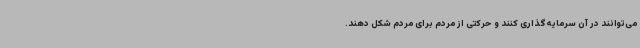
می‌توانند در آن سرمایه‌گذاری کنند و حرکتی از مردم برای مردم شکل دهند.